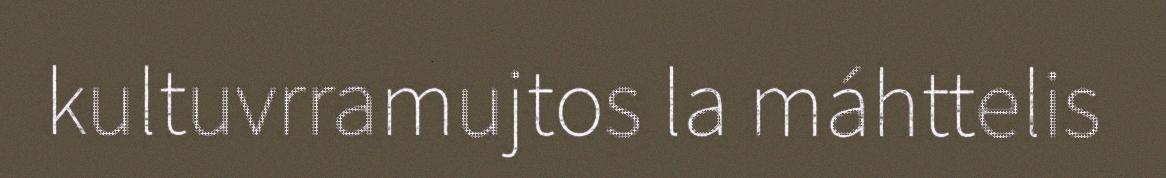
kultuvrramujtos la máhttelis